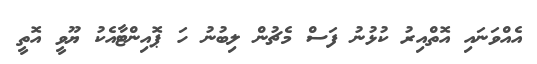
އެއްވަނައި އޮތްއިރު ކުޅުނު ފަސް މެޗުން ލިބުނު ހަ ޕޮއިންޓާއެކު ޔޫވީ އޮތީ